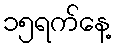
၁၅ရက်နေ့